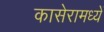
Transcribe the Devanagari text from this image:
कासेरामध्यें